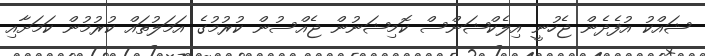
ޝައްކު އުފެދެން ޖެހުނީ އިލެކްޝަންސް ކޮމިޝަނުން ޖެއްސުން ކުރުމުގެ އަމަލުތައް ކުރުމުން ކަމަށާއި